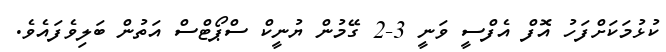
ކުޅުމަކަށްފަހު އޮފް އެފްސީ ވަނީ 3-2 ގޭމުން ޔުނީކް ސްޕޯޓްސް އަތުން ބަލިވެފައެވެ.